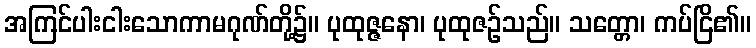
အကြင်ပါးငါးသောကာမဂုဏ်တို့၌။ ပုထုဇ္ဇနော၊ ပုထုဇဉ်သည်။ သတ္တော၊ ကပ်ငြိ၏။